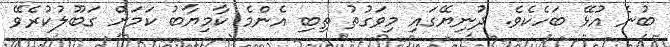
ބުނެ އުޅޭ ބަހެކެވެ. ދުނިޔޭގައި މިވަގުތު ތިބި އެންމެ ކާމިޔާބު ކަމަށް ގަބޫލުކުރެވޭ